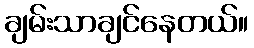
ချမ်းသာချင်နေတယ်။